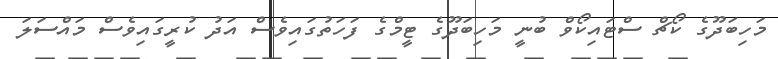
މަހިބަދޫގެ ކޯޗް ސްޓައިކޯވް ބުނީ މަހިބަދޫގެ ޓީމްގެ ފަހަތުގައިވެސް އަދު ކުރީގައިވެސް މައްސަލަ